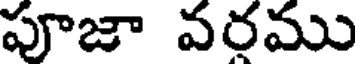
పూజా వరము